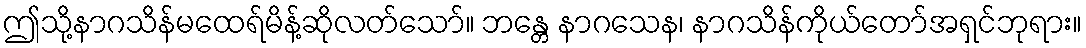
ဤသို့နာဂသိန်မထေရ်မိန့်ဆိုလတ်သော်။ ဘန္တေ နာဂသေန၊ နာဂသိန်ကိုယ်တော်အရှင်ဘုရား။